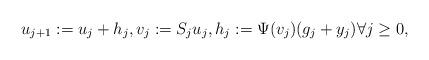
LaTeX: \begin{align*} u_{j+1} := u_j + h_j, v_j := S_j u_j, h_j := \Psi(v_j) (g_j + y_j) \forall j \geq 0,\end{align*}